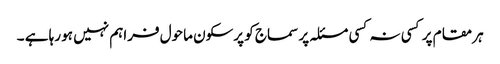
ہر مقام پر کسی نہ کسی مسئلہ پر سماج کو پرسکون ماحول فراہم نہیں ہو رہا ہے ۔